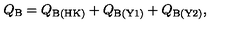
Q _ { \mathrm { \scriptsize B } } = Q _ { \mathrm { \scriptsize B ( H K ) } } + Q _ { \mathrm { \scriptsize B ( Y 1 ) } } + Q _ { \mathrm { \scriptsize B ( Y 2 ) } } ,